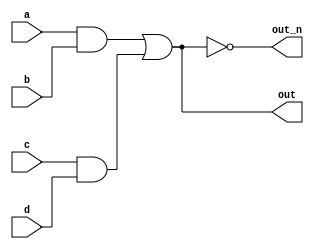
`default_nettype none
module top_module(
    input a,
    input b,
    input c,
    input d,
    output out,
    output out_n   ); 
wire res1 = a&b;
wire res2 = c&d;
assign out = res1 | res2;
assign out_n = ~out;
endmodule